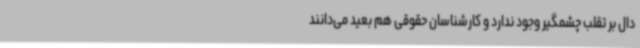
دال بر تقلب چشمگیر وجود ندارد و کارشناسان حقوقی هم بعید می‌دانند